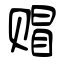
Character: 赗